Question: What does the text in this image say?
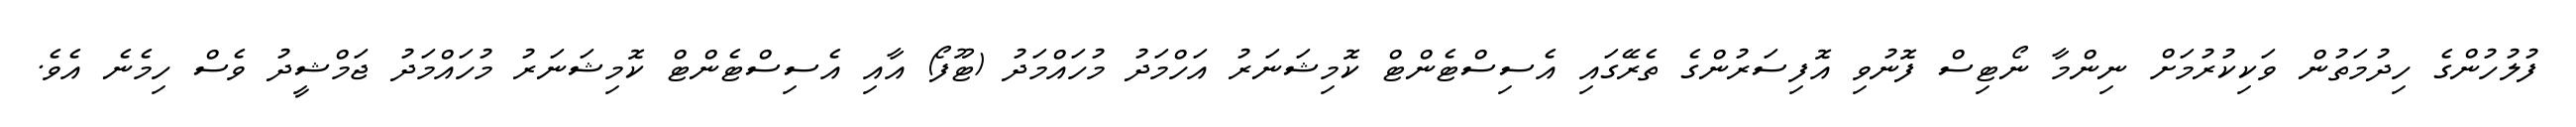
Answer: ފުލުހުންގެ ހިދުމަތުން ވަކިކުރުމަށް ނިންމާ ނޯޓިސް ފޮނުވި އޮފިސަރުންގެ ތެރޭގައި އެސިސްޓެންޓް ކޮމިޝަނަރު އަހްމަދު މުހައްމަދު (ޓޫފޯ) އާއި އެސިސްޓެންޓް ކޮމިޝަނަރު މުހައްމަދު ޖަމްޝީދު ވެސް ހިމެނެ އެވެ.